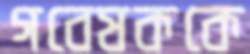
গবেষককে